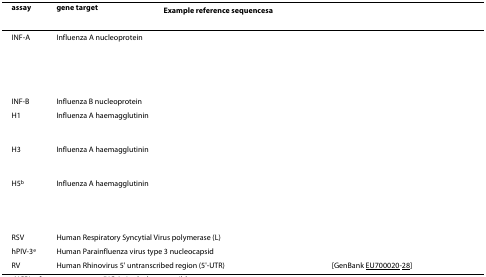
<table><thead><tr><td><b>assay</b></td><td><b>gene target</b></td><td colspan="2"><b>Example reference sequences<sup>a</sup></b></td></tr></thead><tbody><tr><td>INF-A</td><td>Influenza A nucleoprotein</td><td colspan="2">[EMPTY_CELL]</td></tr><tr><td>INF-B</td><td>Influenza B nucleoprotein</td><td colspan="2">[EMPTY_CELL]</td></tr><tr><td>H1</td><td>Influenza A haemagglutinin</td><td colspan="2">[EMPTY_CELL]</td></tr><tr><td>H3</td><td>Influenza A haemagglutinin</td><td colspan="2">[EMPTY_CELL]</td></tr><tr><td>H5<sup>b</sup></td><td>Influenza A haemagglutinin</td><td colspan="2">[EMPTY_CELL]</td></tr><tr><td>RSV</td><td colspan="2">Human Respiratory Syncytial Virus polymerase (L)</td><td>[EMPTY_CELL]</td></tr><tr><td>hPIV-3<sup>e</sup></td><td colspan="2">Human Parainfluenza virus type 3 nucleocapsid</td><td>[EMPTY_CELL]</td></tr><tr><td>RV</td><td colspan="2">Human Rhinovirus 5' untranscribed region (5'-UTR)</td><td>[GenBank EU700020-28]</td></tr></tbody></table>